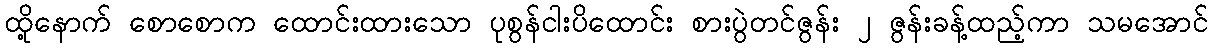
ထို့နောက် စောစောက ထောင်းထားသော ပုစွန်ငါးပိထောင်း စားပွဲတင်ဇွန်း ၂ ဇွန်းခန့်ထည့်ကာ သမအောင်